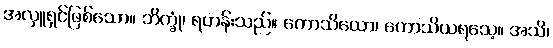
အလှူရှင်ဖြစ်သော။ ဘိက္ခုံ၊ ရဟန်းသည်။ ကောသိယော၊ ကောသိယရသေ့။ အသိ၊